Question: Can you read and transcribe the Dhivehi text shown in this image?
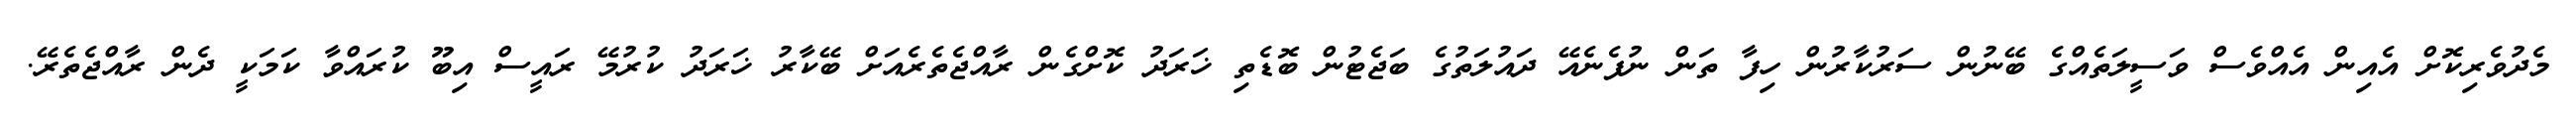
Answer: މެދުވެރިކޮށް އެއިން އެއްވެސް ވަސީލަތެއްގެ ބޭނުން ސަރުކާރުން ހިފާ ތަން ނުފެނެއޭ ދައުލަތުގެ ބަޖެޓުން ބޮޑެތި ޚަރަދު ކޮށްގެން ރާއްޖެތެރެއަށް ބޭކާރު ޚަރަދު ކުރުމޭ ރައީސް އިބޫ ކުރައްވާ ކަމަކީ ދެން ރާއްޖެތެރޭ.